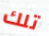
تلك